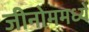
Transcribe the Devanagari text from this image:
जीनोममध्ये